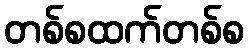
တစ်စထက်တစ်စ